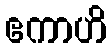
ဧကာဟိ